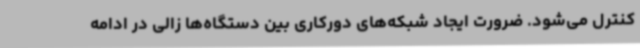
کنترل می‌شود. ضرورت ایجاد شبکه‌های دورکاری بین دستگاه‌ها زالی در ادامه